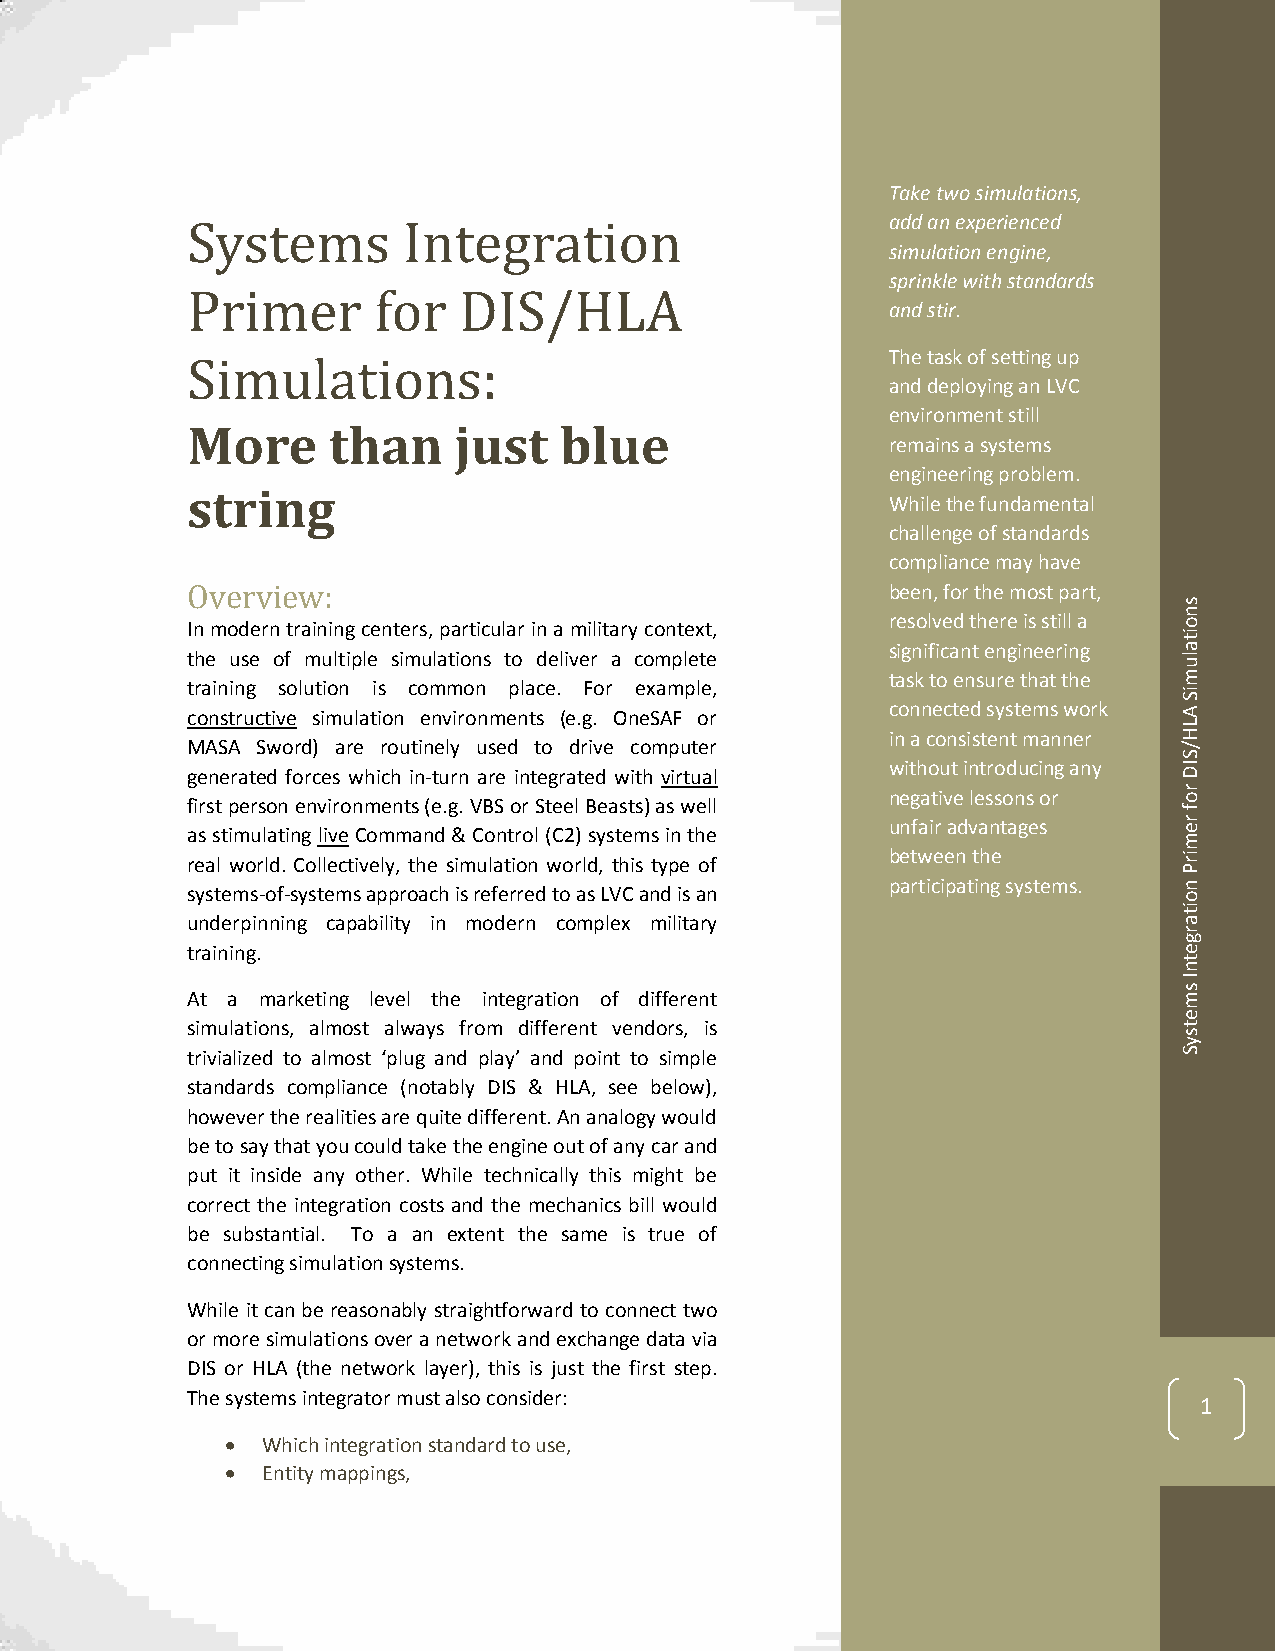
Take two simulations,
 Systems        Integration                     add an experienced
 simulation engine,
 sprinkle with standards
 Primer       for  DIS/HLA
 and stir.
 The task of setting up
 Simulations:
 and deploying an LVC
 environment still
 More      than    just   blue
 remains a systems
 engineering problem.
 string
 While the fundamental
 challenge of standards
 compliance may have
 Overview:                                      been, for the most part,
 s
 n
 In modern training centers, particular in a military context, resolved there is still a o
 it
 significant engineering a
 the use of multiple simulations to deliver a complete             lu
 task to ensure that the m
 training solution is common place. For example,                   iS
 constructive simulation environments (e.g. OneSAF or connected systems work A
 L
 in a consistent manner H
 MASA Sword) are routinely used to drive computer                  /
 S
 generated forces which in-turn are integrated with virtual
 without introducing any ID
 f ai sr s st
 t
 ip me urs lo atn
 in
 e gn lv ivir eo n Cm omen mts
 a
 n(e d. g &. V CB oS
 n
 to rr
 o
 lS t (Cee 2l
 )
 B sye sa ts et ms) sa is
 n
 w the ell     n uneg faa it ri v ae
 d
 vle as ns to an gs
 e
 o
 s
 r       r o f
 r e m
 real world. Collectively, the simulation world, this type of between the ir
 P
 participating systems. n
 systems-of-systems approach is referred to as LVC and is an       o
 it
 underpinning capability in modern complex military                a
 r
 g
 training.                                                         e
 t
 n
 I
 s
 At a marketing level the integration of different                 m
 e
 simulations, almost always from different vendors, is             t
 s
 y
 trivialized to almost ‘plug and play’ and point to simple         S
 standards compliance (notably DIS & HLA, see below),
 however the realities are quite different. An analogy would
 be to say that you could take the engine out of any car and
 put it inside any other. While technically this might be
 correct the integration costs and the mechanics bill would
 be substantial. To a an extent the same is true of
 connecting simulation systems.
 While it can be reasonably straightforward to connect two
 or more simulations over a network and exchange data via
 DIS or HLA (the network layer), this is just the first step.
 The systems integrator must also consider:
 1
  Which integration standard to use,
  Entity mappings,